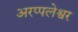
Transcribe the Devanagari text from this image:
अरप्पलेश्वर